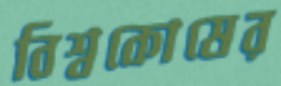
বিশ্বকোষের